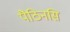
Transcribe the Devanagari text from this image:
पैठिनसि